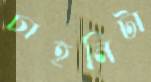
চাহনিটা